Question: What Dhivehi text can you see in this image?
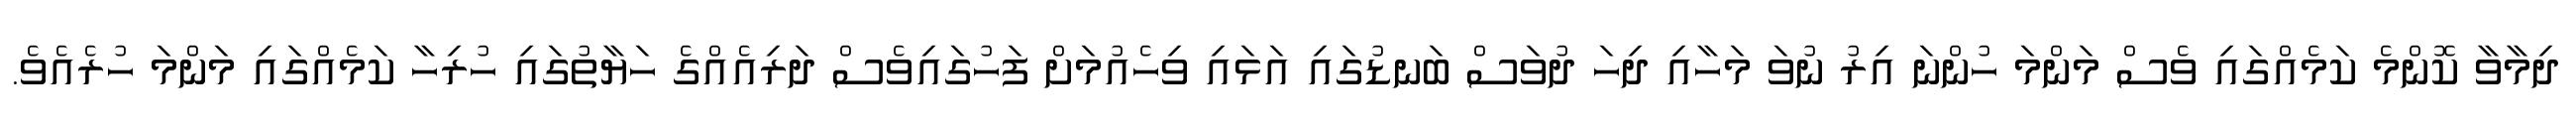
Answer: ދިމާވާ ކޮންމެ ކަމެއްގައި ވެސް މަންމަ ހުންނަ އިރު ނުވަ މަހާއި ދިހަ ދުވަސް ބަނޑުގައި އަޅައި ވިހެއުމަށް ފަހުގައިވެސް ދަރިއެއްގެ ހަޔާތުގައި ހުރިހާ ކަމެއްގައި މަންމަ ހުރެއެވެ.